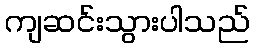
ကျဆင်းသွားပါသည်